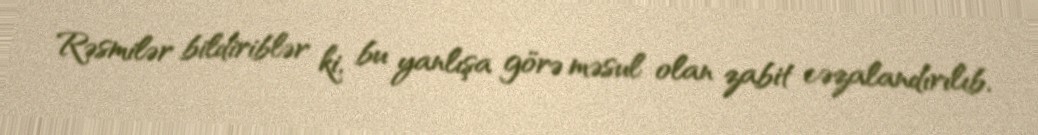
Rəsmilər bildiriblər ki, bu yanlışa görə məsul olan zabit cəzalandırılıb.